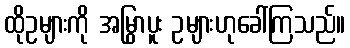
ထိုဥများကို အမြွှာပူး ဥများဟုခေါ်ကြသည်။